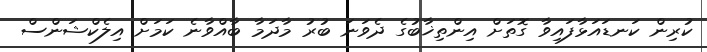
ކުރިން ކަނޑައަޅާފައިވާ ގޮތަށް އިންތިޚާބުގެ ދެވަނަ ބުރު މާދަމާ ބާއްވާނެ ކަމަށް އިލެކްޝަންސް